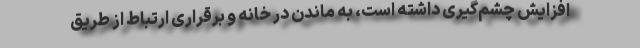
افزایش چشم‌گیری داشته است، به ماندن در خانه و برقراری ارتباط از طریق